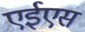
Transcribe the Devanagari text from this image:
एईएस